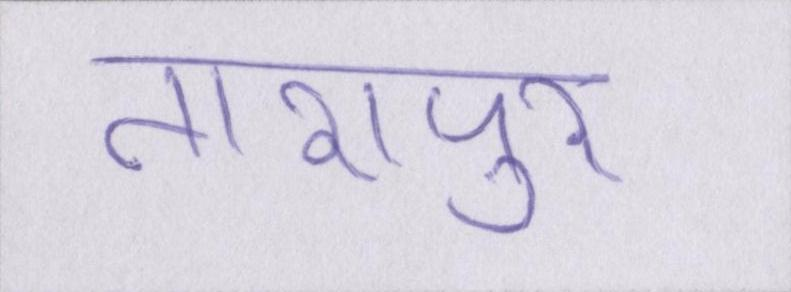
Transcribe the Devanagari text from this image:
तारापुर